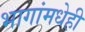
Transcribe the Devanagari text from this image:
भागांमधेही